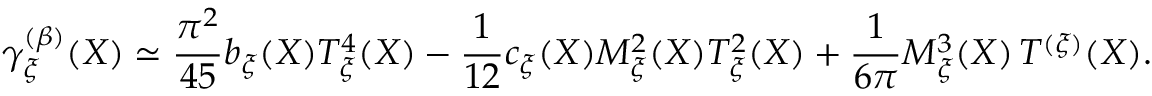
\gamma _ { \xi } ^ { ( \beta ) } ( X ) \simeq \frac { \pi ^ { 2 } } { 4 5 } b _ { \xi } ( X ) { \cal T } _ { \xi } ^ { 4 } ( X ) - \frac { 1 } { 1 2 } c _ { \xi } ( X ) { \cal M } _ { \xi } ^ { 2 } ( X ) { \cal T } _ { \xi } ^ { 2 } ( X ) + \frac { 1 } { 6 \pi } { \cal M } _ { \xi } ^ { 3 } ( X ) \, { \cal T } ^ { ( \xi ) } ( X ) .